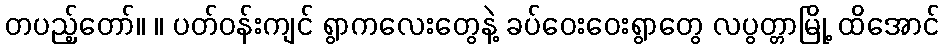
တပည့်တော်။ ။ ပတ်ဝန်းကျင် ရွာကလေးတွေနဲ့ ခပ်ဝေးဝေးရွာတွေ လပွတ္တာမြို့ ထိအောင်